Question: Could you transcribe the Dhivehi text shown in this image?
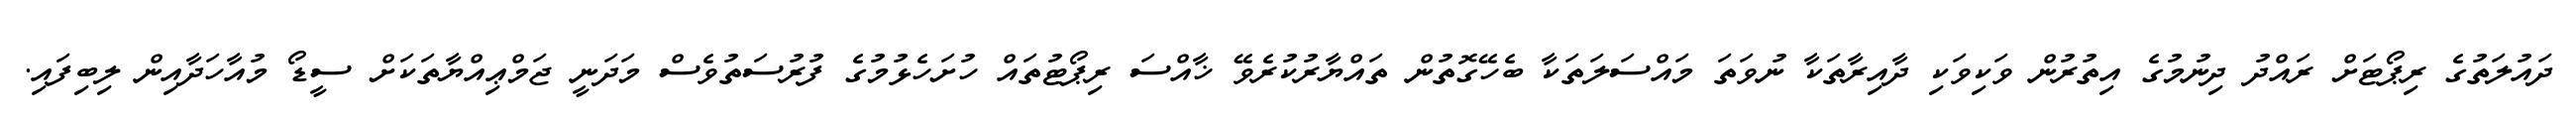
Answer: ދައުލަތުގެ ރިޕޯޓަށް ރައްދު ދިނުމުގެ އިތުރުން ވަކިވަކި ދާއިރާތަކާ ނުވަތަ މައްސަލަތަކާ ބެހޭގޮތުން ތައްޔާރުކުރެވޭ ޚާއްސަ ރިޕޯޓުތައް ހުށަހެޅުމުގެ ފުރުސަތުވެސް މަދަނީ ޖަމްޢިއްޔާތަކަށް ސީޑޯ މުއާހަދާއިން ލިބިފައި.